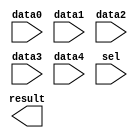
// megafunction wizard: %LPM_MUX%VBB%
// GENERATION: STANDARD
// VERSION: WM1.0
// MODULE: LPM_MUX 

// ============================================================
// Megafunction Name(s):
// 			LPM_MUX
//
// Simulation Library Files(s):
// 			lpm
// ============================================================
// ************************************************************
// THIS IS A WIZARD-GENERATED FILE. DO NOT EDIT THIS FILE!
//
// 18.1.0 Build 625 09/12/2018 SJ Lite Edition
// ************************************************************

//Copyright (C) 2018  Intel Corporation. All rights reserved.
//Your use of Intel Corporation's design tools, logic functions 
//and other software and tools, and its AMPP partner logic 
//functions, and any output files from any of the foregoing 
//(including device programming or simulation files), and any 
//associated documentation or information are expressly subject 
//to the terms and conditions of the Intel Program License 
//Subscription Agreement, the Intel Quartus Prime License Agreement,
//the Intel FPGA IP License Agreement, or other applicable license
//agreement, including, without limitation, that your use is for
//the sole purpose of programming logic devices manufactured by
//Intel and sold by Intel or its authorized distributors.  Please
//refer to the applicable agreement for further details.

module mux_row (
	data0,
	data1,
	data2,
	data3,
	data4,
	sel,
	result);

	input	  data0;
	input	  data1;
	input	  data2;
	input	  data3;
	input	  data4;
	input	[2:0]  sel;
	output	  result;

endmodule

// ============================================================
// CNX file retrieval info
// ============================================================
// Retrieval info: PRIVATE: INTENDED_DEVICE_FAMILY STRING "Cyclone V"
// Retrieval info: PRIVATE: SYNTH_WRAPPER_GEN_POSTFIX STRING "0"
// Retrieval info: PRIVATE: new_diagram STRING "1"
// Retrieval info: LIBRARY: lpm lpm.lpm_components.all
// Retrieval info: CONSTANT: LPM_SIZE NUMERIC "5"
// Retrieval info: CONSTANT: LPM_TYPE STRING "LPM_MUX"
// Retrieval info: CONSTANT: LPM_WIDTH NUMERIC "1"
// Retrieval info: CONSTANT: LPM_WIDTHS NUMERIC "3"
// Retrieval info: USED_PORT: data0 0 0 0 0 INPUT NODEFVAL "data0"
// Retrieval info: USED_PORT: data1 0 0 0 0 INPUT NODEFVAL "data1"
// Retrieval info: USED_PORT: data2 0 0 0 0 INPUT NODEFVAL "data2"
// Retrieval info: USED_PORT: data3 0 0 0 0 INPUT NODEFVAL "data3"
// Retrieval info: USED_PORT: data4 0 0 0 0 INPUT NODEFVAL "data4"
// Retrieval info: USED_PORT: result 0 0 0 0 OUTPUT NODEFVAL "result"
// Retrieval info: USED_PORT: sel 0 0 3 0 INPUT NODEFVAL "sel[2..0]"
// Retrieval info: CONNECT: @data 0 0 1 0 data0 0 0 0 0
// Retrieval info: CONNECT: @data 0 0 1 1 data1 0 0 0 0
// Retrieval info: CONNECT: @data 0 0 1 2 data2 0 0 0 0
// Retrieval info: CONNECT: @data 0 0 1 3 data3 0 0 0 0
// Retrieval info: CONNECT: @data 0 0 1 4 data4 0 0 0 0
// Retrieval info: CONNECT: @sel 0 0 3 0 sel 0 0 3 0
// Retrieval info: CONNECT: result 0 0 0 0 @result 0 0 1 0
// Retrieval info: GEN_FILE: TYPE_NORMAL mux_row.v TRUE
// Retrieval info: GEN_FILE: TYPE_NORMAL mux_row.inc FALSE
// Retrieval info: GEN_FILE: TYPE_NORMAL mux_row.cmp FALSE
// Retrieval info: GEN_FILE: TYPE_NORMAL mux_row.bsf TRUE
// Retrieval info: GEN_FILE: TYPE_NORMAL mux_row_inst.v FALSE
// Retrieval info: GEN_FILE: TYPE_NORMAL mux_row_bb.v TRUE
// Retrieval info: LIB_FILE: lpm